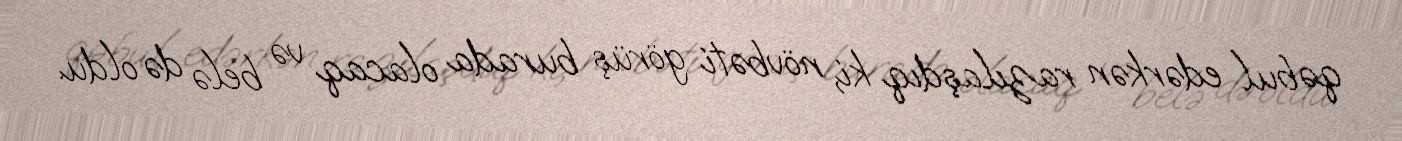
qəbul edərkən razılaşdıq ki, növbəti görüş burada olacaq və belə də oldu.